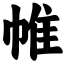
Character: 帷